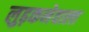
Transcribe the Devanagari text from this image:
लुढ़कनेवाला